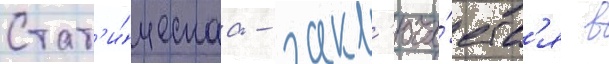
Стат'и́ческаа - закл'юча́етс'я в